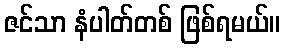
ဇင်သာ နံပါတ်တစ် ဖြစ်ရမယ်။